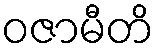
ဝဇာမီတိ